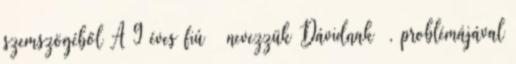
szemszögéből A 9 éves fiú nevezzük Dávidnak , problémájával